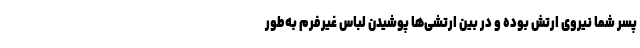
پسر شما نیروی ارتش بوده و در بین ارتشی‌ها پوشیدن لباس غیرفرم به‌طور